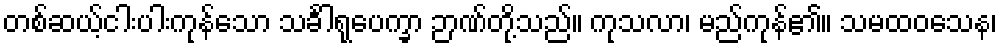
တစ်ဆယ့်ငါးပါးကုန်သော သင်္ခါရုပေက္ခာ ဉာဏ်တို့သည်။ ကုသလာ၊ မည်ကုန်၏။ သမထဝသေန၊